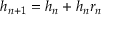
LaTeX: h _ { n + 1 } = h _ { n } + h _ { n } r _ { n }